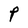
Character: P